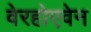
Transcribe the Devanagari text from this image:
वेरहोएवेन